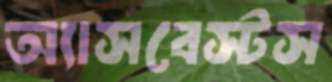
অ্যাসবেস্টস